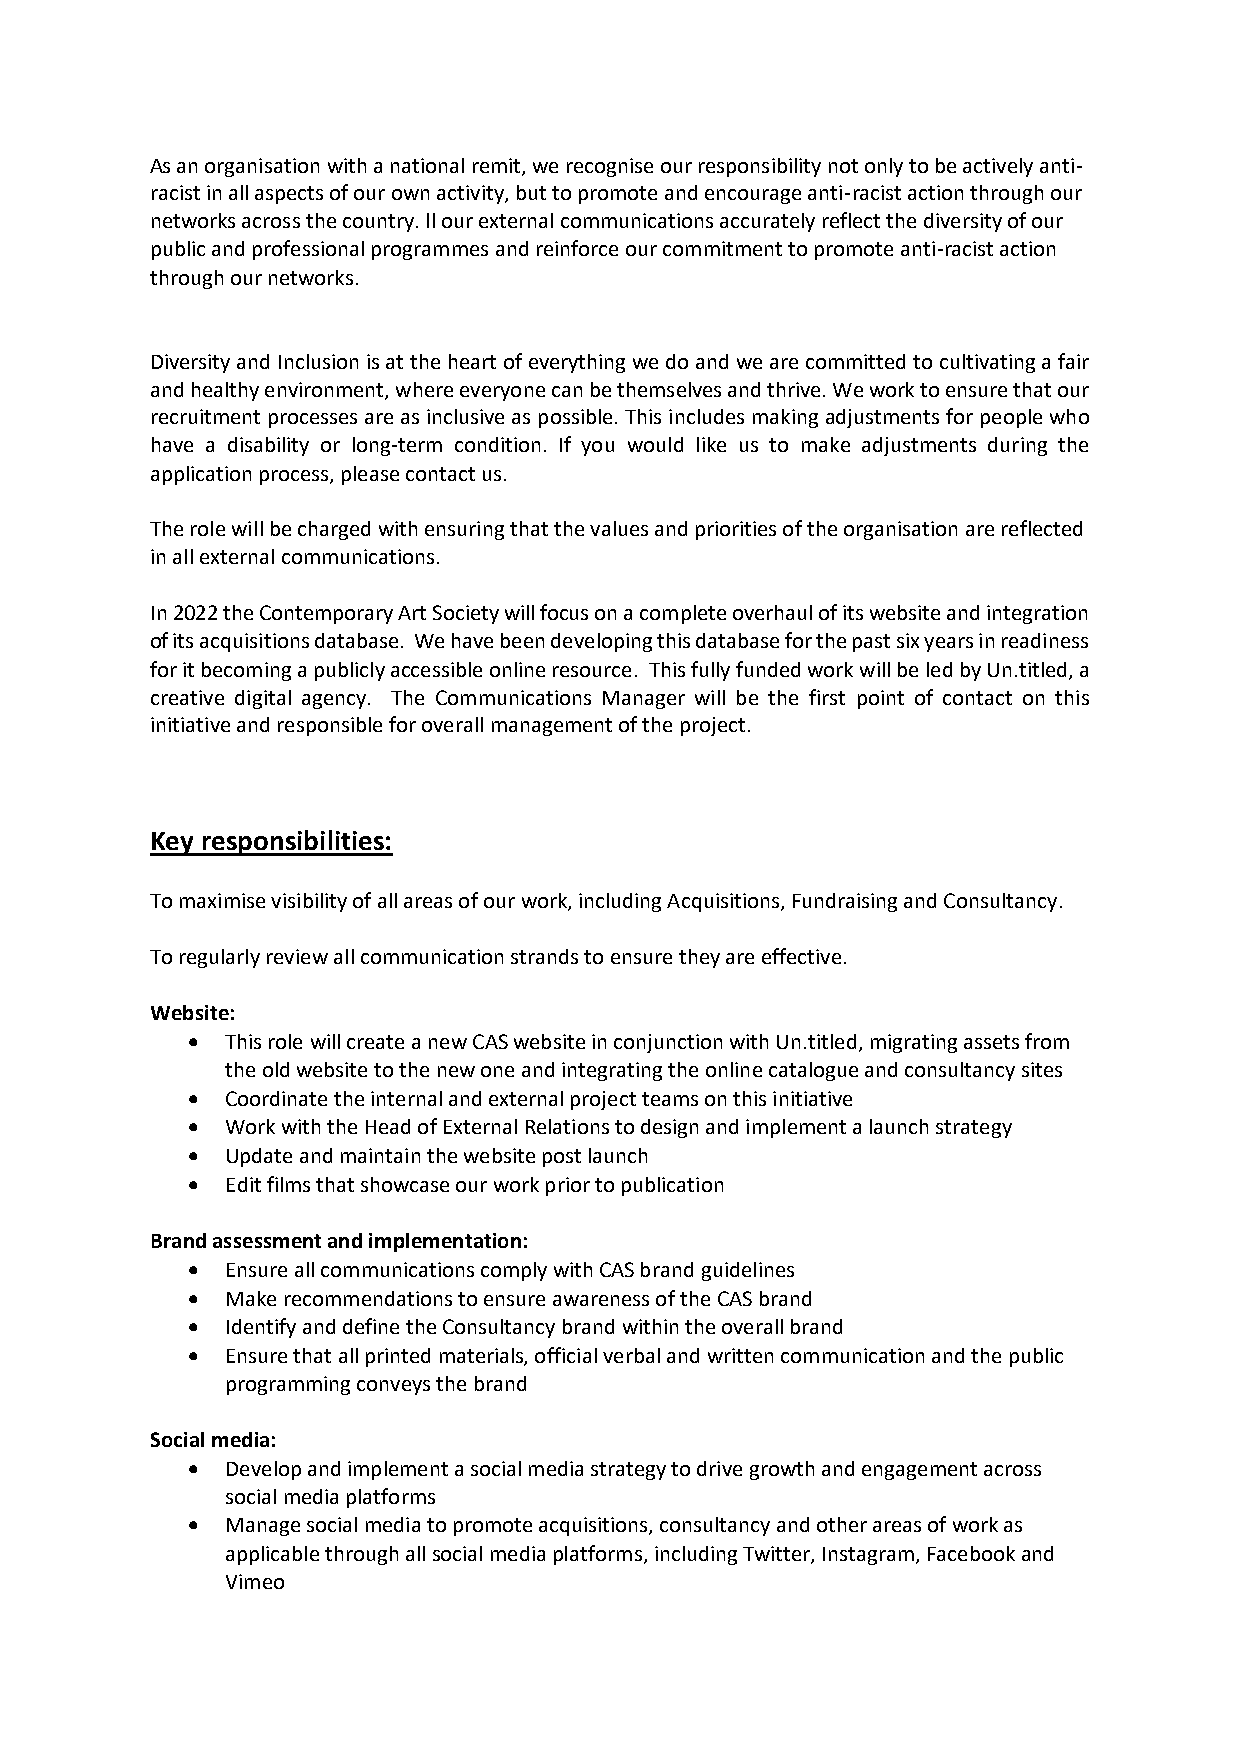
As an organisation with a national remit, we recognise our responsibility not only to be actively anti-
 racist in all aspects of our own activity, but to promote and encourage anti-racist action through our
 networks across the country. ll our external communications accurately reflect the diversity of our
 public and professional programmes and reinforce our commitment to promote anti-racist action
 through our networks.
 Diversity and Inclusion is at the heart of everything we do and we are committed to cultivating a fair
 and healthy environment, where everyone can be themselves and thrive. We work to ensure that our
 recruitment processes are as inclusive as possible. This includes making adjustments for people who
 have a disability or long-term condition. If you would like us to make adjustments during the
 application process, please contact us.
 The role will be charged with ensuring that the values and priorities of the organisation are reflected
 in all external communications.
 In 2022 the Contemporary Art Society will focus on a complete overhaul of its website and integration
 of its acquisitions database. We have been developing this database for the past six years in readiness
 for it becoming a publicly accessible online resource. This fully funded work will be led by Un.titled, a
 creative digital agency. The Communications Manager will be the first point of contact on this
 initiative and responsible for overall management of the project.
 Key responsibilities:
 To maximise visibility of all areas of our work, including Acquisitions, Fundraising and Consultancy.
 To regularly review all communication strands to ensure they are effective.
 Website:
 •  This role will create a new CAS website in conjunction with Un.titled, migrating assets from
 the old website to the new one and integrating the online catalogue and consultancy sites
 •  Coordinate the internal and external project teams on this initiative
 •  Work with the Head of External Relations to design and implement a launch strategy
 •  Update and maintain the website post launch
 •  Edit films that showcase our work prior to publication
 Brand assessment and implementation:
 •  Ensure all communications comply with CAS brand guidelines
 •  Make recommendations to ensure awareness of the CAS brand
 •  Identify and define the Consultancy brand within the overall brand
 •  Ensure that all printed materials, official verbal and written communication and the public
 programming conveys the brand
 Social media:
 •  Develop and implement a social media strategy to drive growth and engagement across
 social media platforms
 •  Manage social media to promote acquisitions, consultancy and other areas of work as
 applicable through all social media platforms, including Twitter, Instagram, Facebook and
 Vimeo